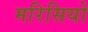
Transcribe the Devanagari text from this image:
मरिसियो